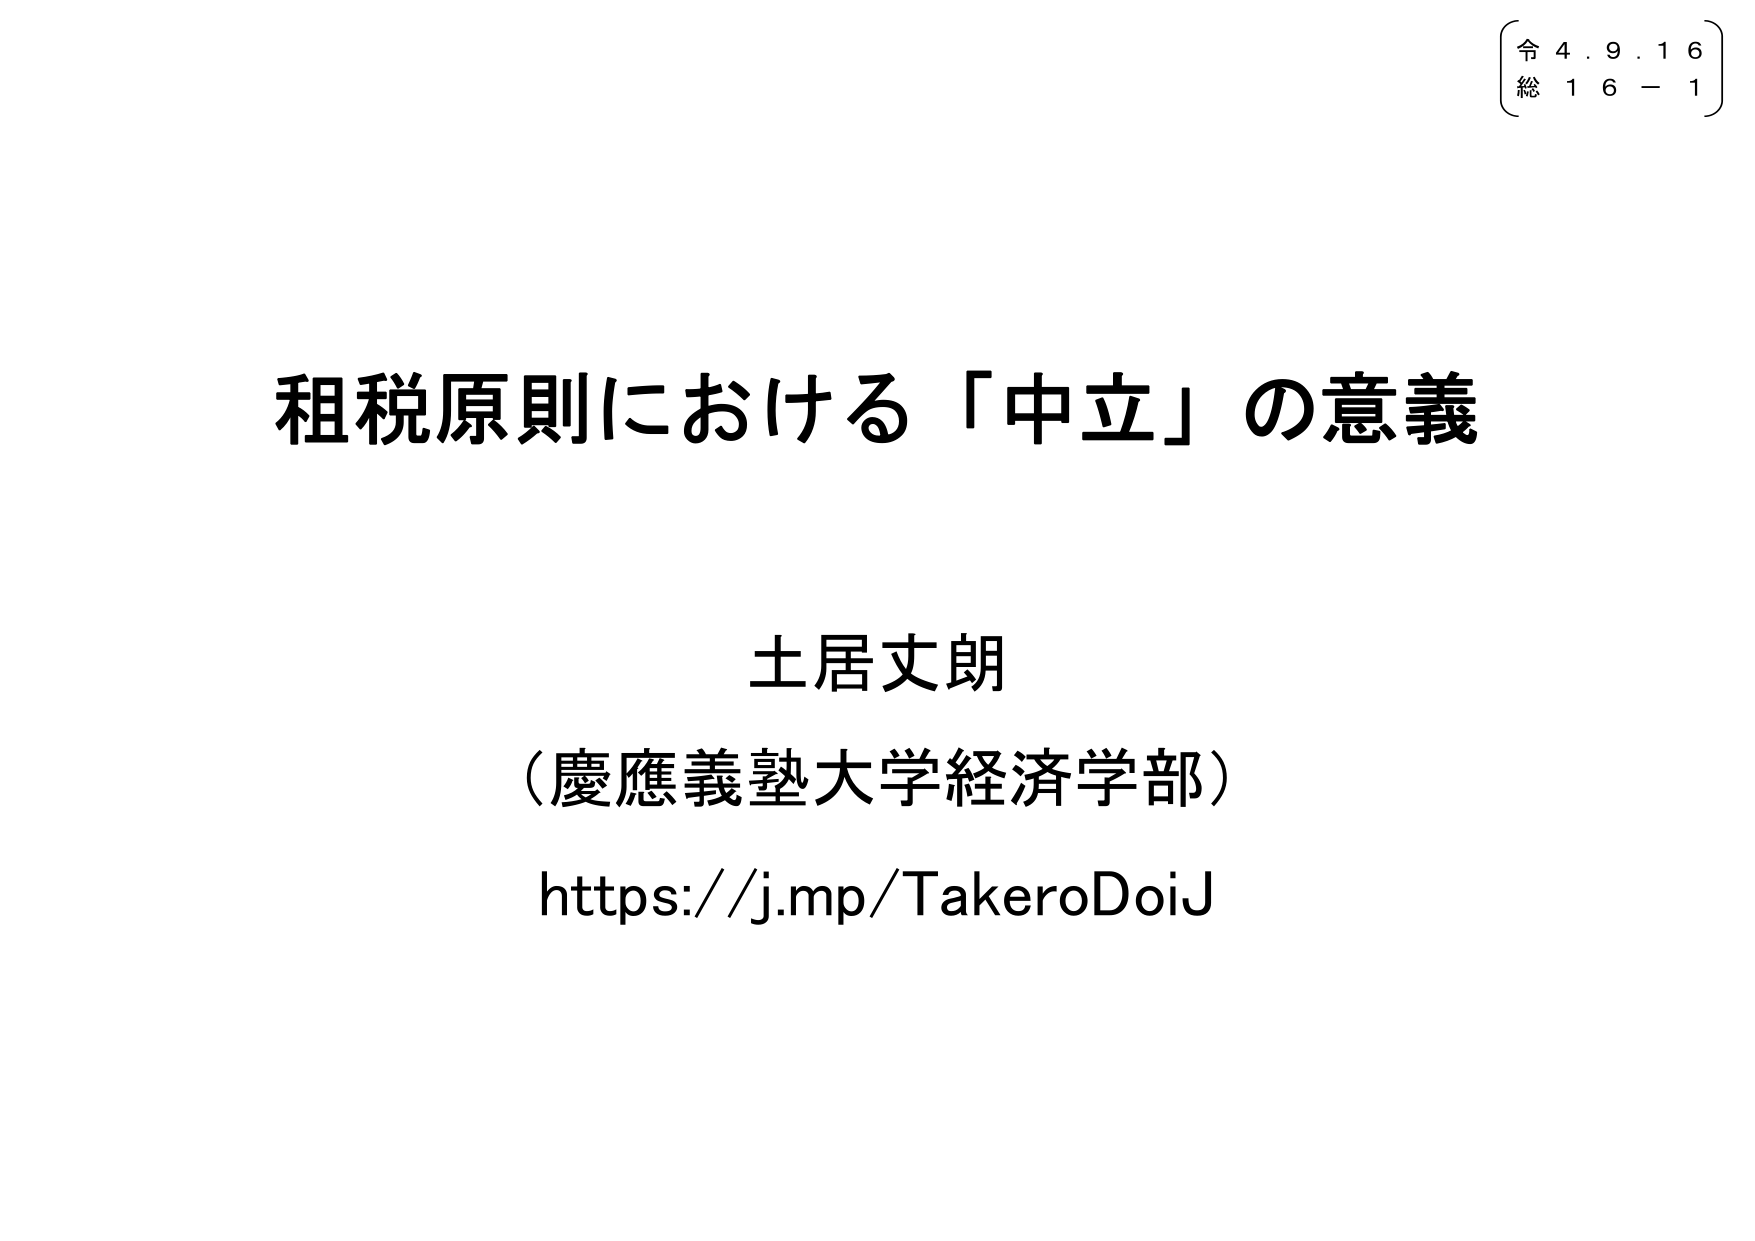
令 4. 9. 1 6
総 1 6 − 1

租税原則における「中立」の意義

土居丈朗
（慶應義塾大学経済学部）
https://j.mp/TakeroDoiJ